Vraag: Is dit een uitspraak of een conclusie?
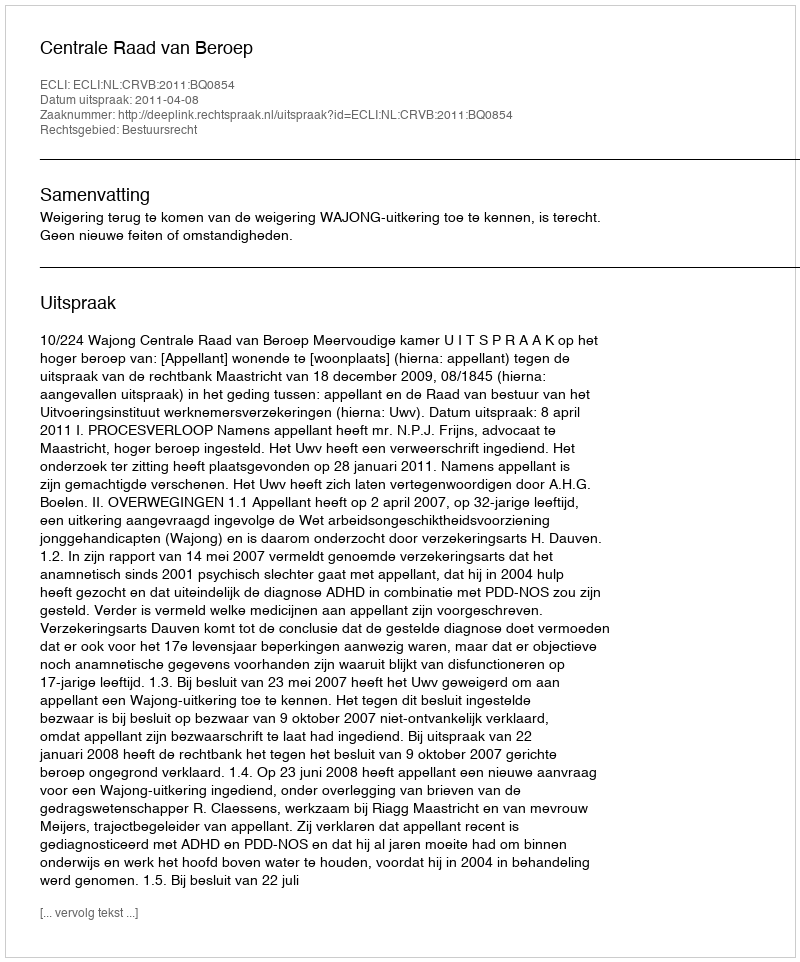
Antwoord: Uitspraak